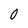
Character: 0